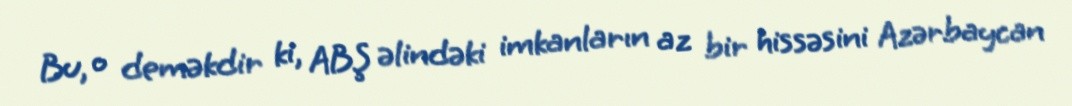
Bu, o deməkdir ki, ABŞ əlindəki imkanların az bir hissəsini Azərbaycan